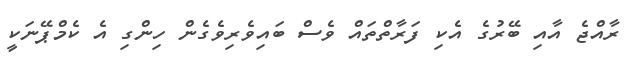
ރާއްޖެ އާއި ބޭރުގެ އެކި ފަރާތްތައް ވެސް ބައިވެރިވެގެން ހިންގި އެ ކެމްޕޭނަކީ